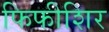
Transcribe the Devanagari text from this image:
फिफीशिर